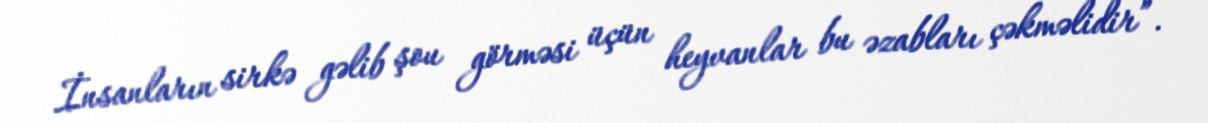
İnsanların sirkə gəlib şou görməsi üçün heyvanlar bu əzabları çəkməlidir”.